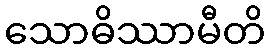
သောဓိဿာမီတိ